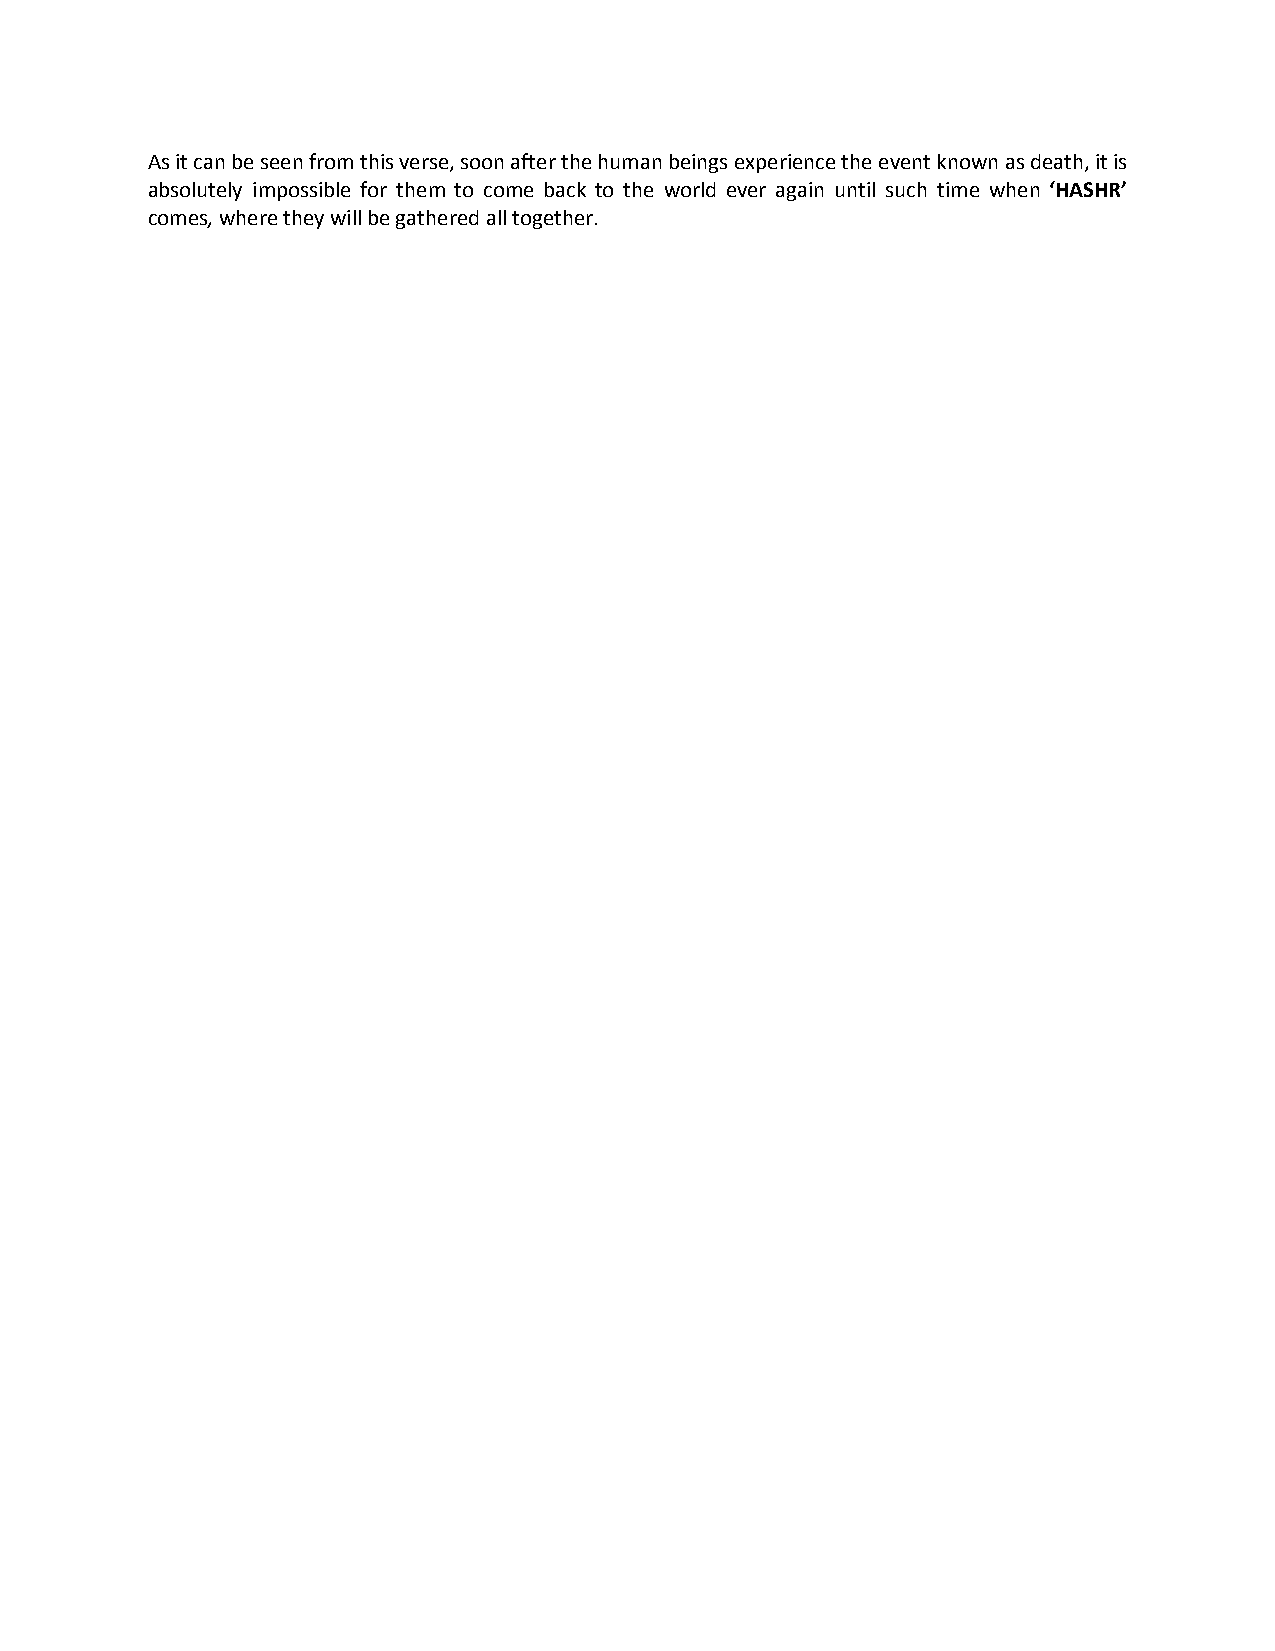
As it can be seen from this verse, soon after the human beings experience the event known as death, it is
 absolutely impossible for them to come back to the world ever again until such time when ‘HASHR’
 comes, where they will be gathered all together.